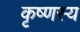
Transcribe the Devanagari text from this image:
कृष्णस्य